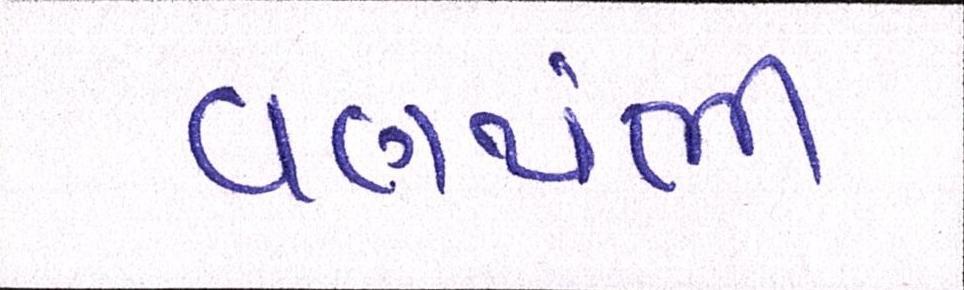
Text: વણથંભી